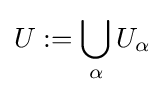
U:=\bigcup _{\alpha }U_{\alpha }